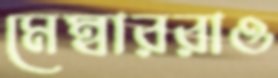
মেম্বাররাও